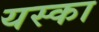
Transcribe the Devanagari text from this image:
यस्का